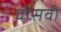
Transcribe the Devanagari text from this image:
वीसवीं